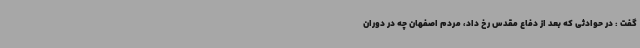
گفت : در حوادثی که بعد از دفاع مقدس رخ داد، مردم اصفهان چه در دوران